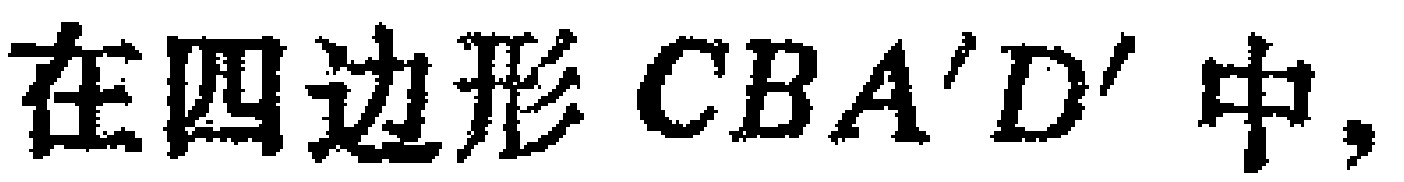
在四边形 \(CBA'D'\) 中，